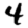
Digit: 4